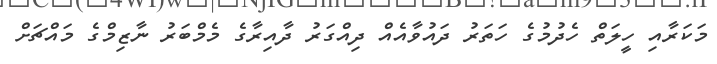
މަކަރާއި ހީލަތް ހެދުމުގެ ހަތަރު ދައުވާއެއް ދިއްގަރު ދާއިރާގެ މެމްބަރު ނާޒިމްގެ މައްޗަށް